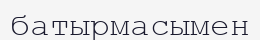
батырмасымен